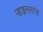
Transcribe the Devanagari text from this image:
र्‍हाइनलांड